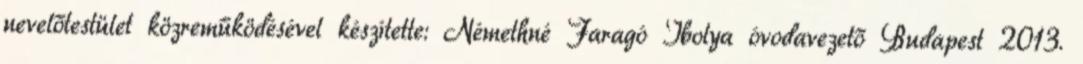
nevelőtestület közreműködésével készítette: Némethné Faragó Ibolya óvodavezető Budapest 2013.